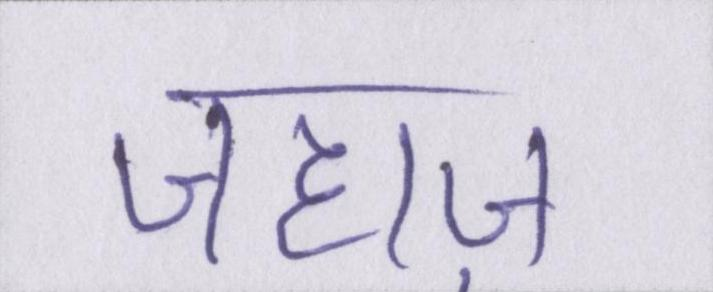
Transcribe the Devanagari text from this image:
जहाज़